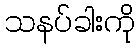
သနပ်ခါးကို